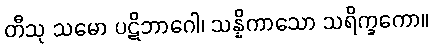
တီသု သမော ပဋိဘာဂေါ၊ သန္နိကာသော သရိက္ခကော။